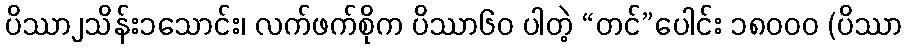
ပိဿာ၂သိန်း၁သောင်း၊ လက်ဖက်စိုက ပိဿာ၆၀ ပါတဲ့ “တင်”ပေါင်း ၁၈၀၀၀ (ပိဿာ